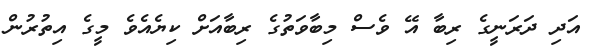
އަދި ދަރަނީގެ ރިބާ އޭ ވެސް މިބާވަތުގެ ރިބާއަށް ކިޔެއެވެ މީގެ އިތުރުން